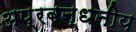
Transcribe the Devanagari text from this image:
अप्रबन्धनीय